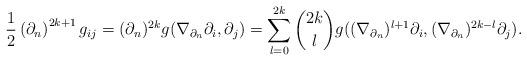
LaTeX: \begin{align*} \frac{1}{2}\left(\partial_n\right)^{2k + 1} g_{ij}= (\partial_n)^{2k}g(\nabla_{\partial_n}\partial_i, \partial_j) = \sum_{l = 0}^{2k} \binom{2k}{l} g((\nabla_{\partial_n})^{l + 1}\partial_i, (\nabla_{\partial_n})^{2k - l}\partial_j). \end{align*}